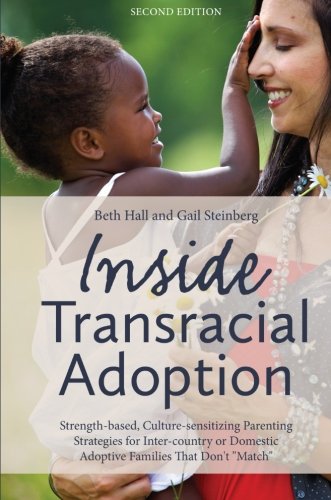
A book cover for Inside Transracial Adoption: Strength-based, Culture-sensitizing Parenting Strategies for Inter-country or Domestic Adoptive Families That Don't "Match", Second Edition; Beth Hall; Parenting & Relationships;